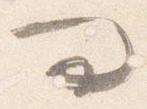
問